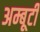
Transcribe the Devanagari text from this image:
अम्बूटी